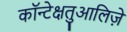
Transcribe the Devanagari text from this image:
कॉन्टेक्षतुआलिज़े